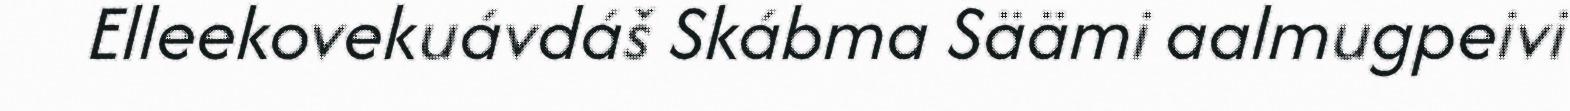
Elleekovekuávdáš Skábma Säämi aalmugpeivi